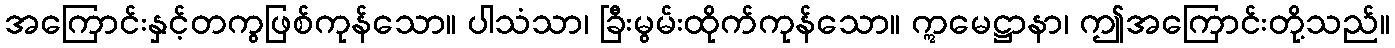
အကြောင်းနှင့်တကွဖြစ်ကုန်သော။ ပါသံသာ၊ ခြီးမွမ်းထိုက်ကုန်သော။ ဣမေဋ္ဌာနာ၊ ဤအကြောင်းတို့သည်။